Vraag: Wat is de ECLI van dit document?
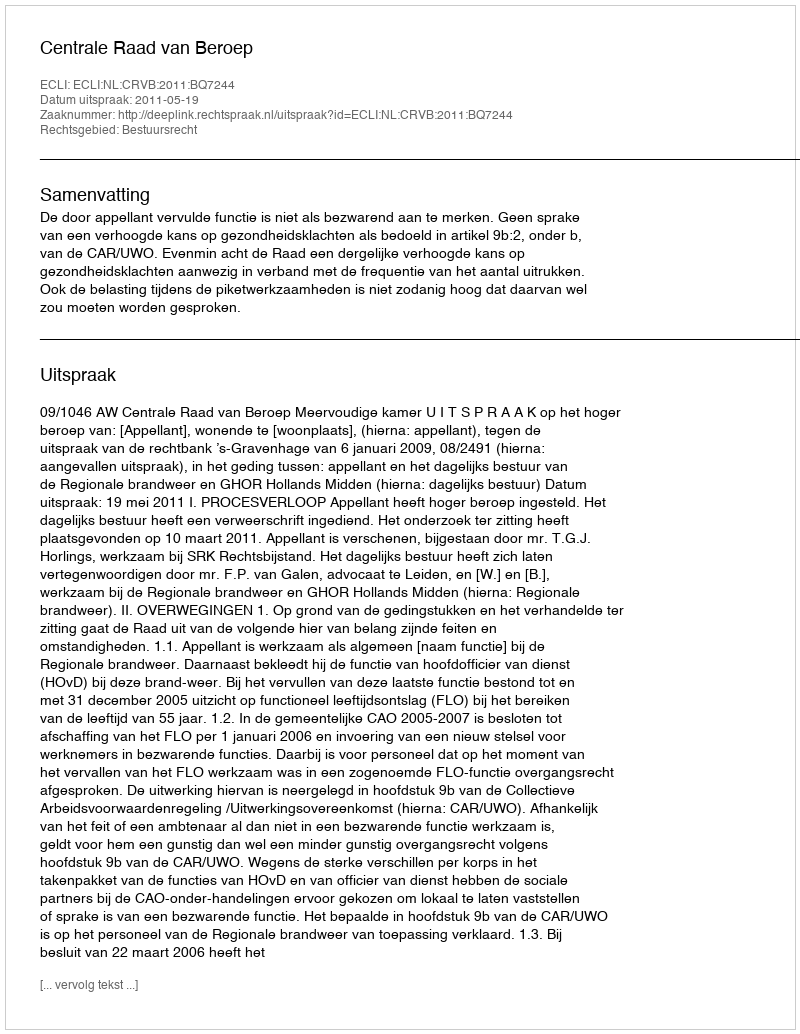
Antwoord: ECLI:NL:CRVB:2011:BQ7244